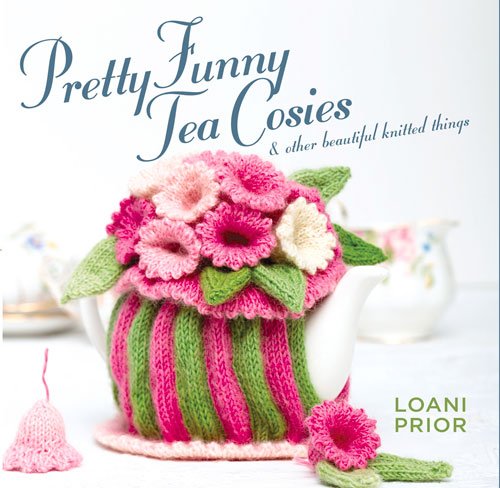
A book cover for Pretty Funny Tea Cosies: & Other Beautiful Knitted Things; Loani Prior; Cookbooks, Food & Wine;